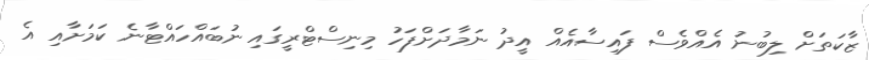
ޒާކަތަށް ލިބުނު އެއްވެސް ފައިސާއެއް އީދު ނަމާދަށްފަހު މިނިސްޓްރީގައި ނުބައްހަައްޓާނެ ކަމަށާއި އެ